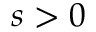
s > 0